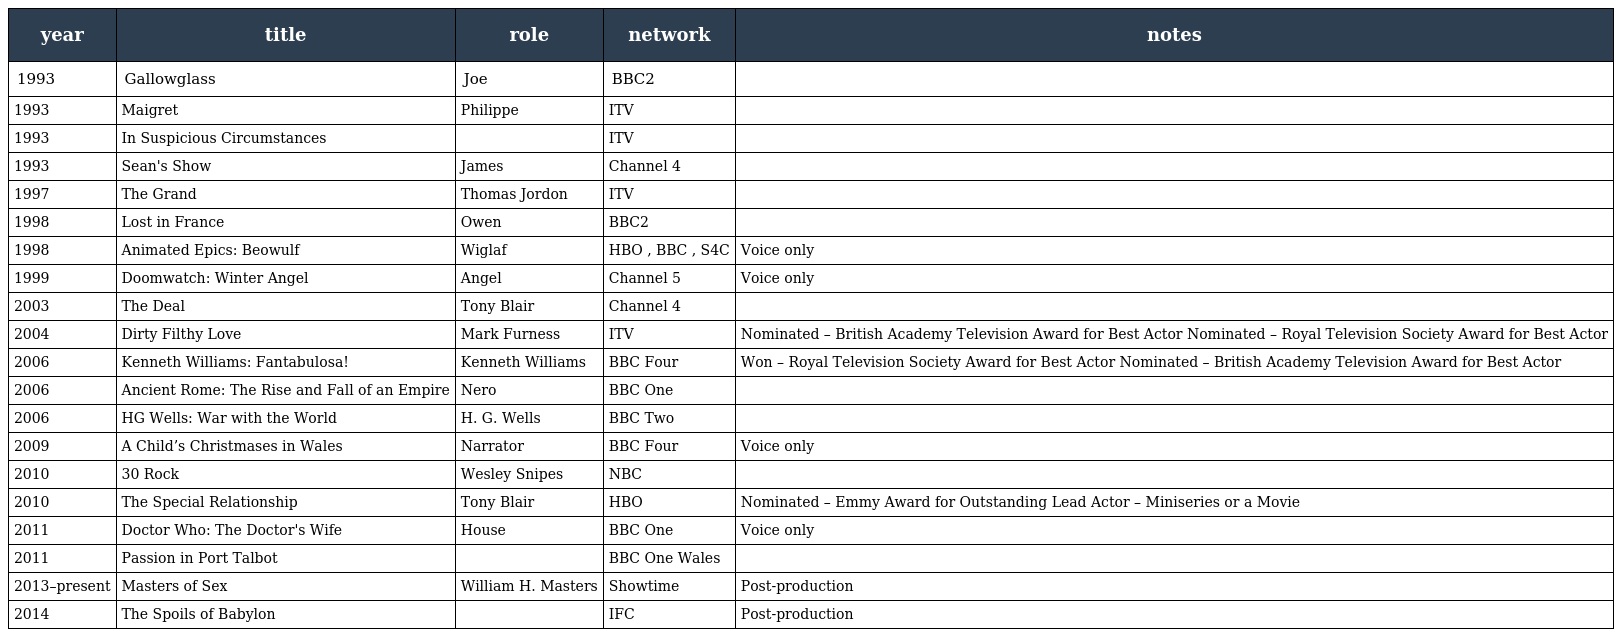
| year | title | role | network | notes |
 | --- | --- | --- | --- | --- |
 | 1993 | Gallowglass | Joe | BBC2 |  |
 | 1993 | Maigret | Philippe | ITV |  |
 | 1993 | In Suspicious Circumstances |  | ITV |  |
 | 1993 | Sean's Show | James | Channel 4 |  |
 | 1997 | The Grand | Thomas Jordon | ITV |  |
 | 1998 | Lost in France | Owen | BBC2 |  |
 | 1998 | Animated Epics: Beowulf | Wiglaf | HBO , BBC , S4C | Voice only |
 | 1999 | Doomwatch: Winter Angel | Angel | Channel 5 | Voice only |
 | 2003 | The Deal | Tony Blair | Channel 4 |  |
 | 2004 | Dirty Filthy Love | Mark Furness | ITV | Nominated – British Academy Television Award for Best Actor Nominated – Royal Television Society Award for Best Actor |
 | 2006 | Kenneth Williams: Fantabulosa! | Kenneth Williams | BBC Four | Won – Royal Television Society Award for Best Actor Nominated – British Academy Television Award for Best Actor |
 | 2006 | Ancient Rome: The Rise and Fall of an Empire | Nero | BBC One |  |
 | 2006 | HG Wells: War with the World | H. G. Wells | BBC Two |  |
 | 2009 | A Child’s Christmases in Wales | Narrator | BBC Four | Voice only |
 | 2010 | 30 Rock | Wesley Snipes | NBC |  |
 | 2010 | The Special Relationship | Tony Blair | HBO | Nominated – Emmy Award for Outstanding Lead Actor – Miniseries or a Movie |
 | 2011 | Doctor Who: The Doctor's Wife | House | BBC One | Voice only |
 | 2011 | Passion in Port Talbot |  | BBC One Wales |  |
 | 2013–present | Masters of Sex | William H. Masters | Showtime | Post-production |
 | 2014 | The Spoils of Babylon |  | IFC | Post-production |